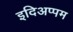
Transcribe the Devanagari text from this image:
इदिअप्पम